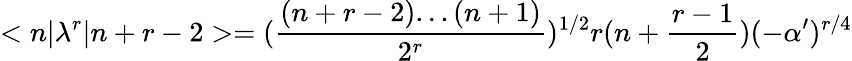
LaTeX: <n|\lambda^{r}|n+r-2>=(\frac{(n+r-2)...(n+1)}{2^{r}})^{1/2}r(n+\frac{r-1}{2})(-\alpha^{\prime})^{r/4}